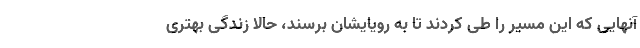
آنهایی که این مسیر را طی کردند تا به رویایشان برسند، حالا زندگی بهتری